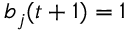
b _ { j } ( t + 1 ) = 1